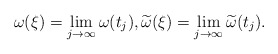
\begin{align*}\omega(\xi)=\lim_{j\to\infty}\omega(t_j),\widetilde{\omega}(\xi)=\lim_{j\to\infty}\widetilde{\omega}(t_j).\end{align*}